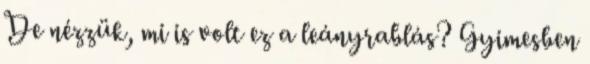
De nézzük, mi is volt ez a leányrablás? Gyimesben